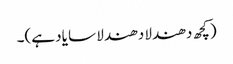
(کچھ دھندلا دھندلا سا یاد ہے)۔